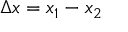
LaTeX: \Delta x = x _ { 1 } - x _ { 2 }